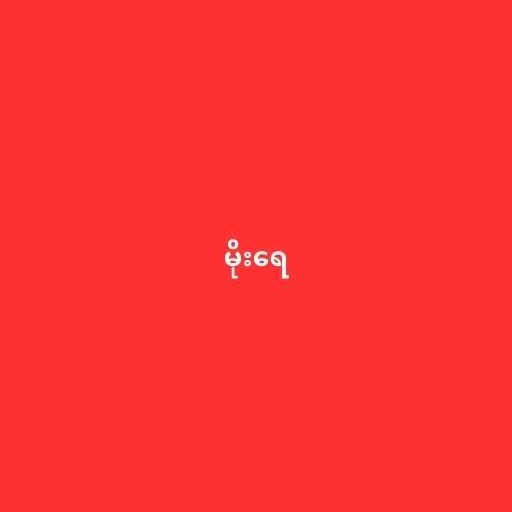
မိုးရေ